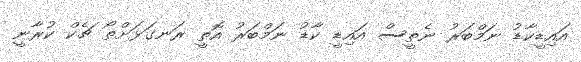
އައިޑީކާޑު ނަމްބަރު ނެތީސް އައިޑީ ކާޑު ނަމްބަރު އޮތީ ރަނގަޅަށްތޯ ޗެކް ކުރާނީ